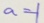
a = 1